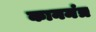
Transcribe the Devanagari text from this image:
कानमंत्र